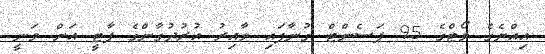
އިއްޔެގެ ވޯޓްގެ 95 ޕަސެންޓް ގުނާފައި ވާއިރު އުރުދުގާންގެ ޕާޓީ އަށް ވަނީ